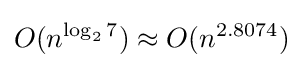
O(n^{\log _{2}7})\approx O(n^{2.8074})